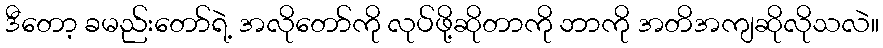
ဒီတော့ ခမည်းတော်ရဲ့ အလိုတော်ကို လုပ်ဖို့ဆိုတာကို ဘာကို အတိအကျဆိုလိုသလဲ။